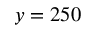
y = 2 5 0